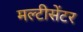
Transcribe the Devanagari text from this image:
मल्टीसेंटर